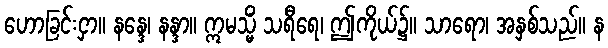
ဟောခြင်းငှာ။ နန္ဒေ၊ နန္ဒာ။ ဣမသ္မိံ သရီရေ၊ ဤကိုယ်၌။ သာရော၊ အနှစ်သည်။ န